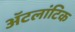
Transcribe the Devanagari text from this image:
ॲटलांटिक